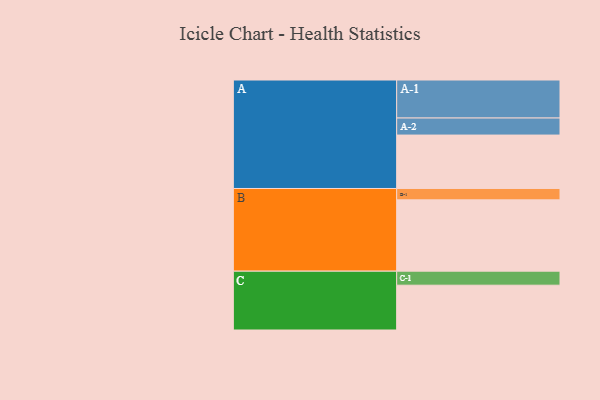
{"axis": {"x": "Segment", "y": "Value"}, "legend": ["", "A", "B", "C"], "data": [{"x": "A", "y": 385, "type": ""}, {"x": "B", "y": 514, "type": ""}, {"x": "C", "y": 323, "type": ""}, {"x": "A-1", "y": 274, "type": "A"}, {"x": "A-2", "y": 123, "type": "A"}, {"x": "B-1", "y": 82, "type": "B"}, {"x": "C-1", "y": 101, "type": "C"}]}